Report on the working of the mental hospitals for Indians in Bihar and Orissa - 1925-1929
Year: 1925
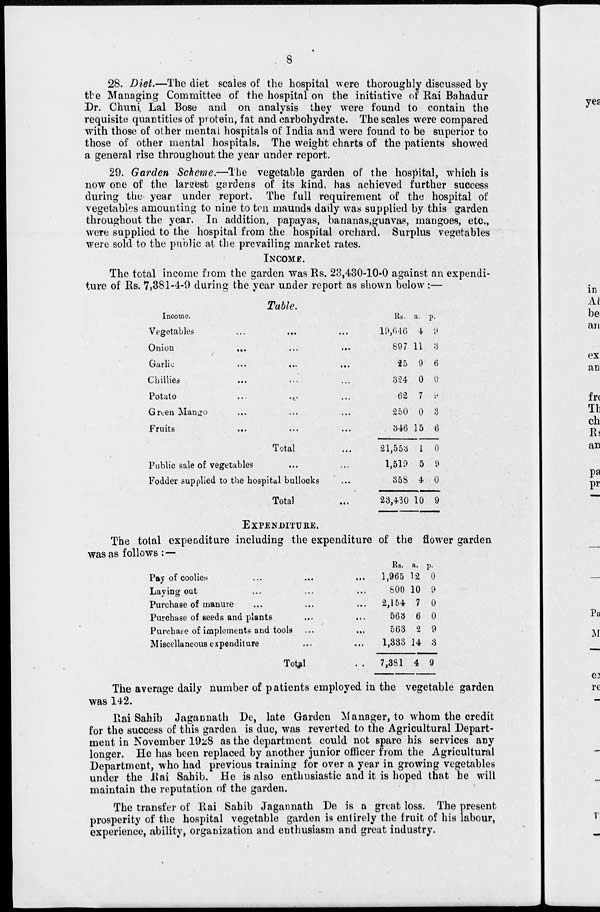
8
28. Diet.—The diet scales of the hospital were thoroughly discussed by
the Managing Committee of the hospital on the initiative of Rai Bahadur
Dr. Chuni Lal Bose and on analysis they were found to contain the
requisite quantities of protein, fat and carbohydrate. The scales were compared
with those of other mental hospitals of India and were found to be superior to
those of other mental hospitals. The weight charts of the patients showed
a general rise throughout the year under report.
29. Garden Scheme.—The vegetable garden of the hospital, which is
now one of the largest gardens of its kind, has achieved further success
during the year under report. The full requirement of the hospital of
vegetables amounting to nine to ten maunds daily was supplied by this garden
throughout the year. In addition, papayas, bananas,guavas, mangoes, etc.,
were supplied to the hospital from the hospital orchard. Surplus vegetables
were sold to the public at the prevailing market rates.
INCOME.
The total income from the garden was Rs. 23,430-10-0 against an expendi-
ture of Rs. 7,381-4-9 during the year under report as shown below :—
Table.
Income.
Vegetables ... ... ...
Onion
...
...
...
Garlic
...
...
...
Chillies ... ... ...
Potato ... ... ...
Green Mango ... ... ...
Fruits
...
...
...
Total ...
Public sale of vegetables ... ...
Fodder supplied to the hospital bullocks ...
Total ...
Rs.
10,646
897
25
324
62
250
346
21,553
1,519
358
23,430
a.
4
11
9
0
7
0
15
1
5
4
10
p.
9
3
6
0
9
3
6
0
9
0
9
EXPENDITURE.
The total expenditure including the expenditure of the flower garden
was as follows : —
Pay of coolies ... ... ...
Laying out ... ... ...
Purchase of manure ... ... ...
Purchase of seeds and plants ... ...
Purchase of implements and tools ... ...
Miscellaneous expenditure ... ...
Total ...
Rs.
1,965
800
2,154
563
563
1,333
7,381
a.
12
10
7
6
2
14
4
p.
0
9
0
0
9
3
9
The average daily number of patients employed in the vegetable garden
was 142.
Rai Sahib Jagannath De, late Garden Manager, to whom the credit
for the success of this garden is due, was reverted to the Agricultural Depart-
ment in November 1928 as the department could not spare his services any
longer. He has been replaced by another junior officer from the Agricultural
Department, who had previous training for over a year in growing vegetables
under the Rai Sahib. He is also enthusiastic and it is hoped that he will
maintain the reputation of the garden.
The transfer of Rai Sahib Jagannath De is a great loss. The present
prosperity of the hospital vegetable garden is entirely the fruit of his labour,
experience, ability, organization and enthusiasm and great industry.